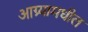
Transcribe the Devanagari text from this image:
आग्र्यामधील